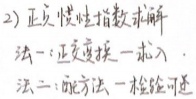
2) 正负惯性指数求解
法一: 正交变换一 代入
法二: 配方法一 检验可逆